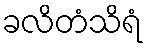
ခလိတံသိရံ